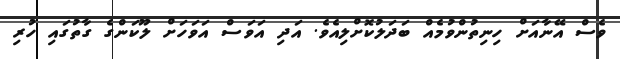
ވެސް އޭނާއަށް ހިނިތުންވުމެއް ބަދަލުކޮށްލިއެވެ. އަދި އަވަސް އަވަހަށް ލޫކަންގެ ގާތުގައި ހުރި